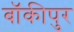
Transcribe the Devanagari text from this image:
बॉकीपुर